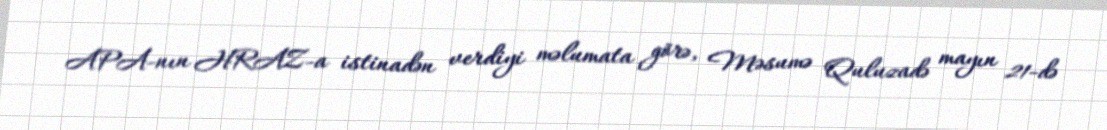
APA-nın HRAZ-a istinadən verdiyi məlumata görə, Məsumə Quluzadə mayın 21-də